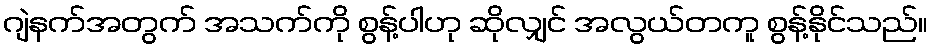
ဂျဲနက်အတွက် အသက်ကို စွန့်ပါဟု ဆိုလျှင် အလွယ်တကူ စွန့်နိုင်သည်။